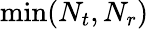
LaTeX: \operatorname*{min}(N_{t},N_{r})